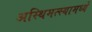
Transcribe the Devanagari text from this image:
अस्थिमत्स्यामध्ये